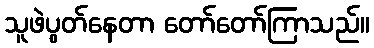
သူဖဲပွတ်နေတာ တော်တော်ကြာသည်။